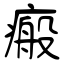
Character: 瘢